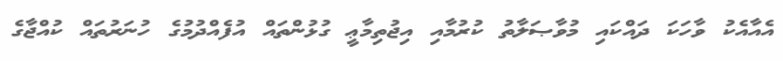
އެއާއެކު ވާހަކަ ދައްކައި މުވާޞަލާތު ކުރުމާއި އިޖުތިމާޢީ ގުޅުންތައް އުފެއްދުމުގެ ހުނަރުތައް ކުއްޖާގެ